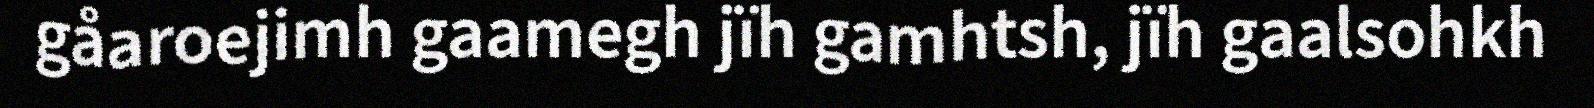
gåaroejimh gaamegh jïh gamhtsh, jïh gaalsohkh